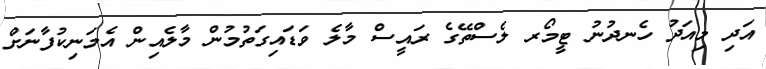
އަދި މިއަދު ހެނދުނު ޓީމޯރ ލެސްތޭގެ ރައީސް މާލެ ވަޑައިގަތުމުން މާލެއިން އެމަނިކުފާނަށް